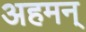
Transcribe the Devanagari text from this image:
अहमन्